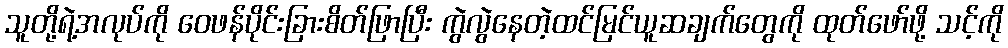
သူတို့ရဲ့အလုပ်ကို ဝေဖန်ပိုင်းခြားစိတ်ဖြာပြီး ကွဲလွဲနေတဲ့ထင်မြင်ယူဆချက်တွေကို ထုတ်ဖော်ဖို့ သင့်ကို